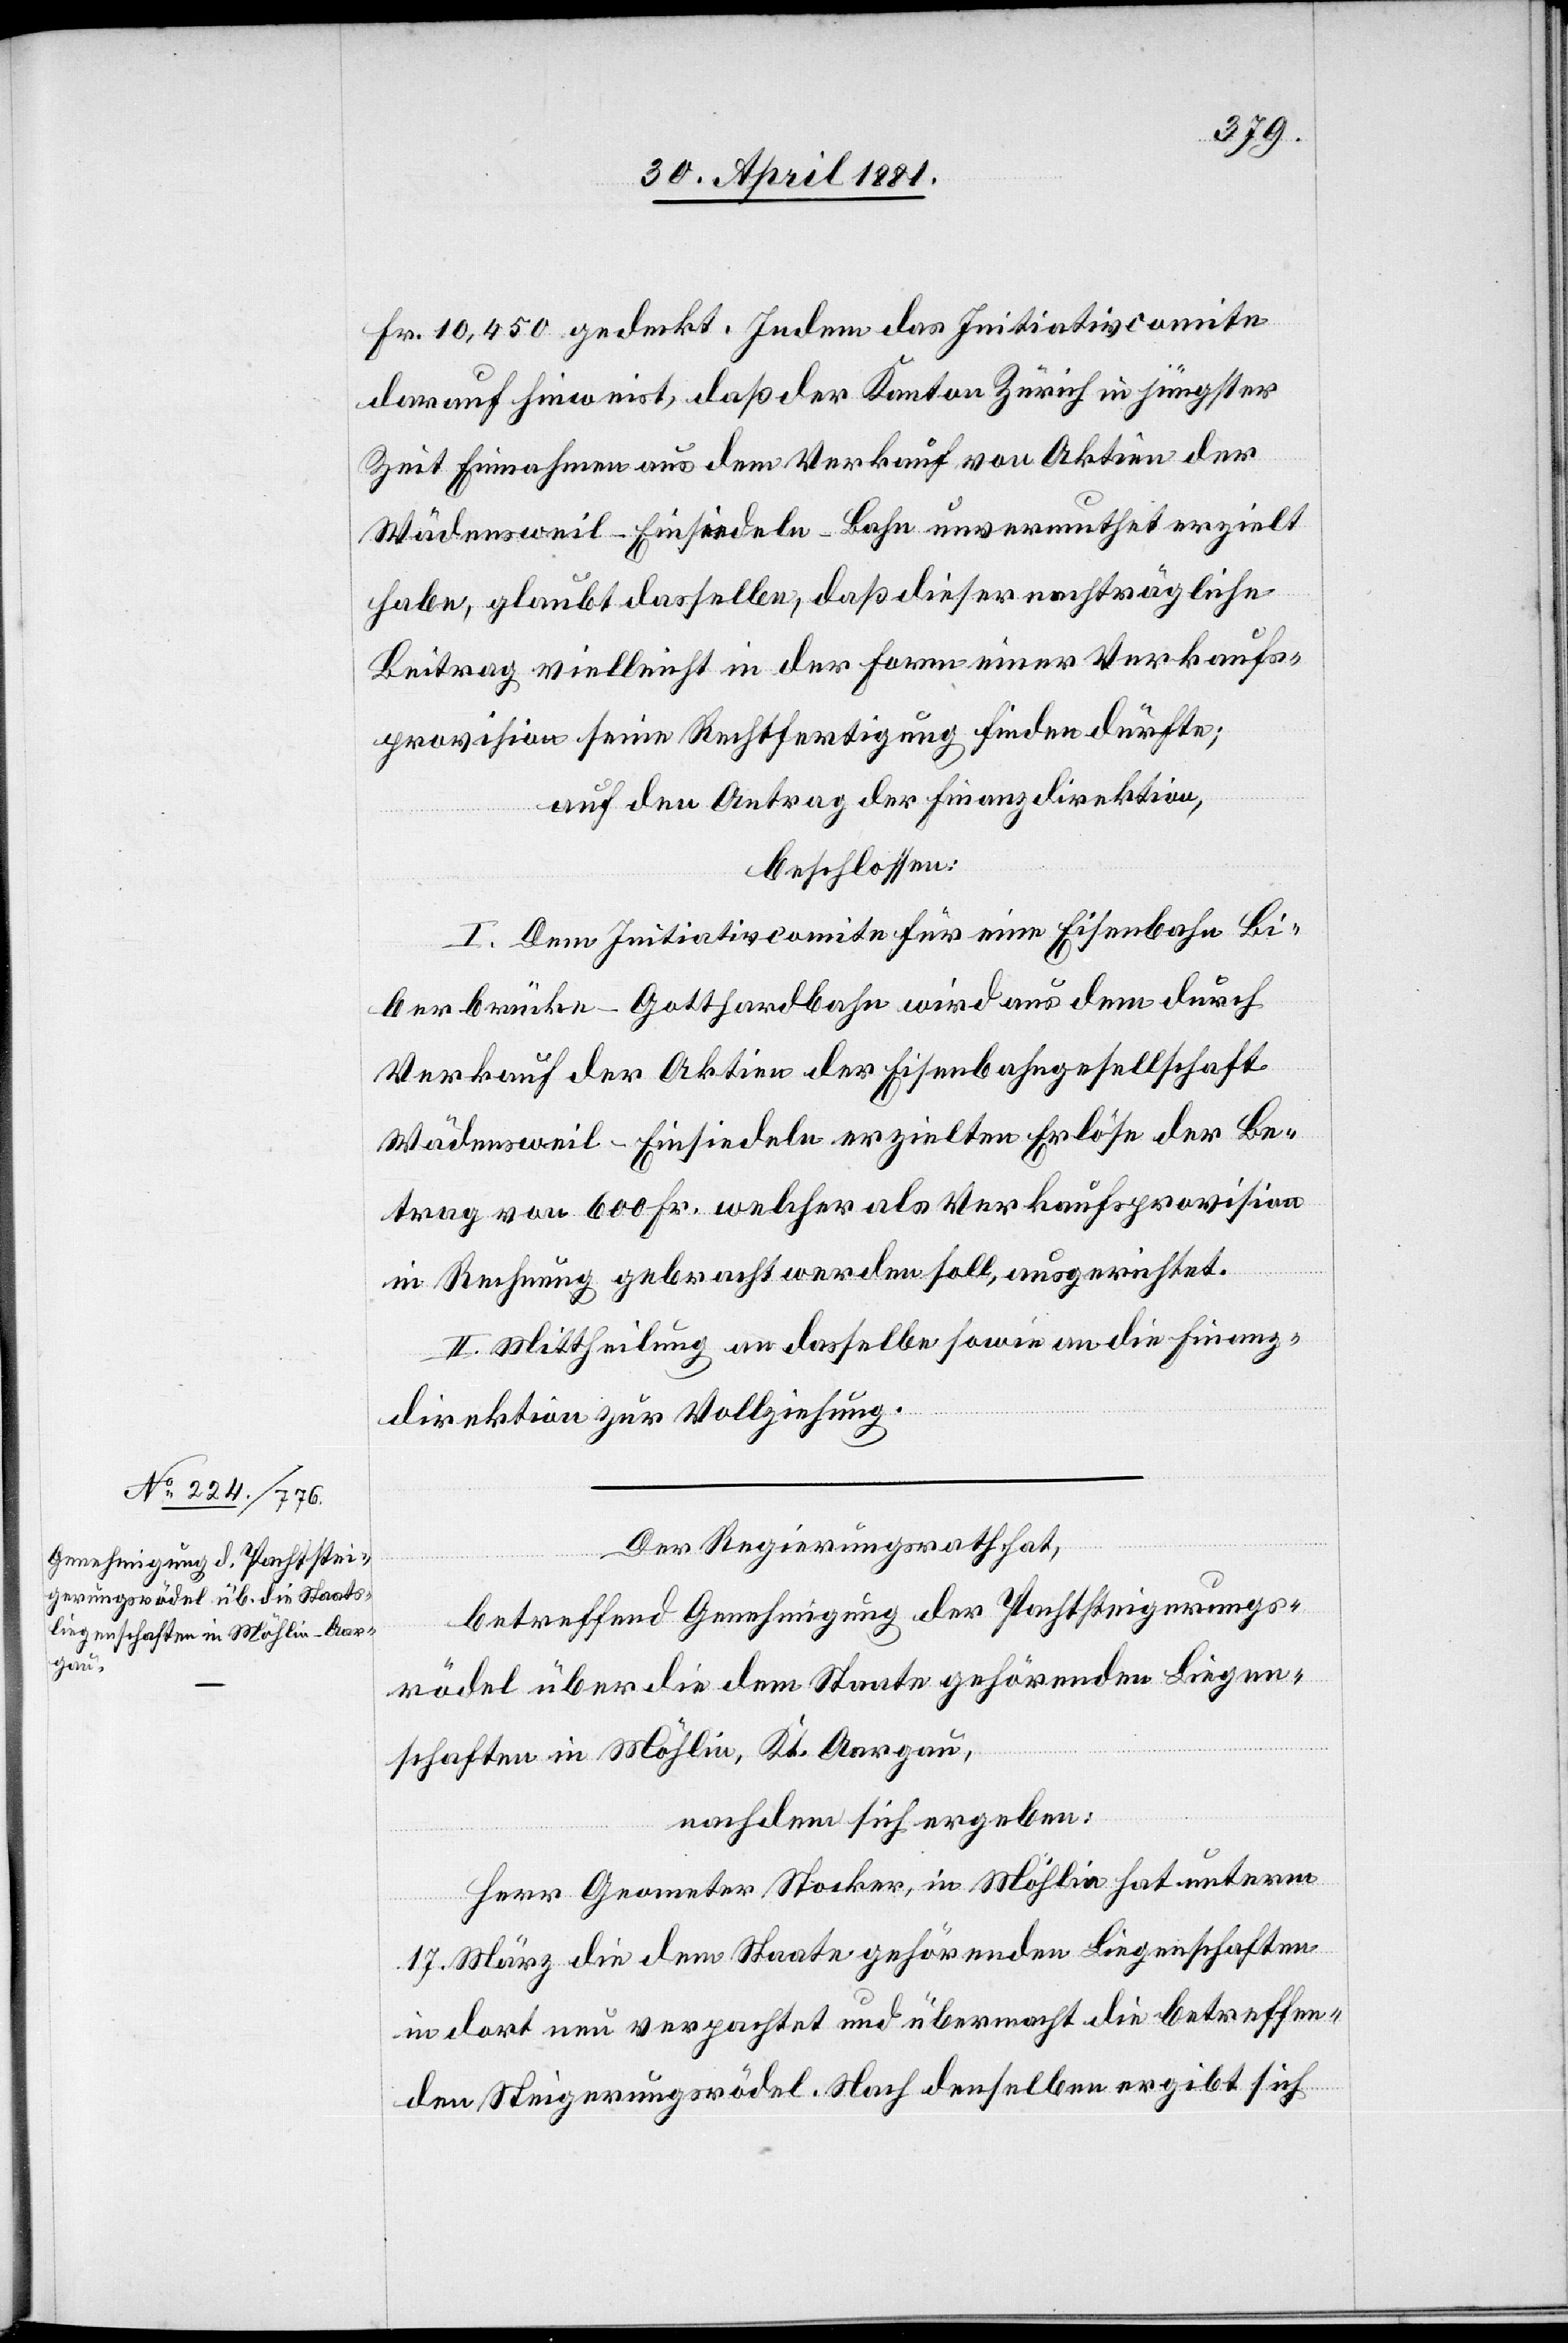
Fr. 14,450 gedeckt. Indem das Initiativcomite
darauf hinweist, daß der Kanton Zürich in jüngster
Zeit Einnahmen aus dem Verkauf von Aktien der
Wädensweil–Einsiedeln-Bahn unvermuthet erzielt
habe, glaubt dasselbe, daß dieser nachträgliche
Beitrag vielleicht in der Form einer Verkaufs¬
provision seine Rechtfertigung finden dürfte;
auf den Antrag der Finanzdirektion,
beschloßen:
I. Dem Initiativcomite für eine Eisenbahn Bi¬
berbrücke-Gotthardbahn wird aus dem durch
Verkauf der Aktien der Eisenbahngesellschaft
Wädensweil–Einsiedeln erzielten Erlöse der Be¬
trag von 600 Fr. welcher als Verkaufsprovision
in Rechnung gebracht werden soll, ausgerichtet.
II. Mittheilung an dasselbe sowie an die Finanz¬
direktion zur Vollziehung.
Der Regierungsrath,
betreffend Genehmigung der Pachtsteigerungs¬
rödel über die dem Staate gehörenden Liegen¬
schaften in Möhlin, Kt. Aargau,
nachdem sich ergeben:
Herr Geometer Stocker, in Möhlin hat unterm
17. März die dem Staate gehörenden Liegenschaften
in dort nun verpachtet und übermacht die betreffen¬
den Steigerungsrödel. Nach denselben ergibt sich